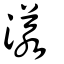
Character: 漾